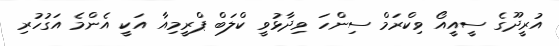
އުރީދޫގެ ސީއީއޯ ވިކްރަމް ސިންހަ ވިދާޅުވީ ކްލަބް ޕްރީމިއާ އަކީ އެންމެ އަގުހުރި